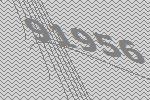
91956